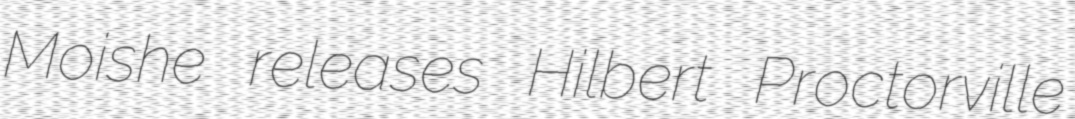
Moishe releases Hilbert Proctorville